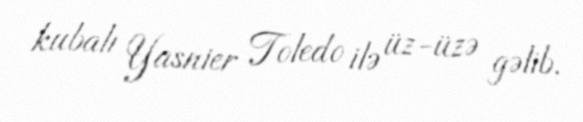
kubalı Yasnier Toledo ilə üz-üzə gəlib.